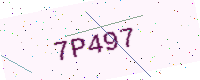
Text: 7P497